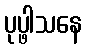
ပုပ္ဖါသနေ